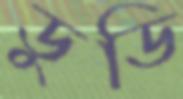
ডুডি